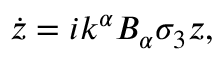
\dot { z } = i k ^ { \alpha } B _ { \alpha } \sigma _ { 3 } z ,